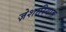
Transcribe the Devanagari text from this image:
ज़ेशारियाह